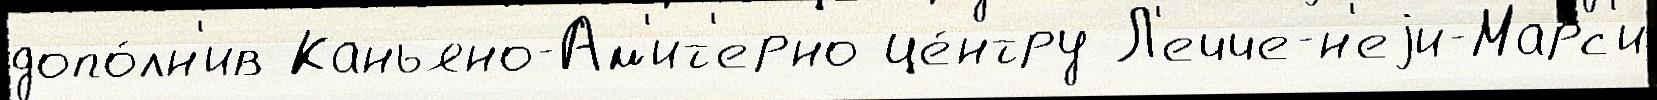
допо́лн'ив Каньяно-Ам'ит'ерно це́нтру Л'ечче-н'еjи-Марс'и